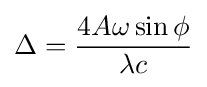
\Delta ={\frac {4A\omega \sin \phi }{\lambda c}}